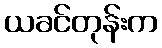
ယခင်တုန်းက